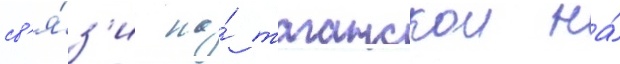
св'я́з'и на́ таганскои на́